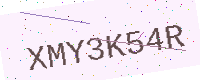
Text: XMY3K54R